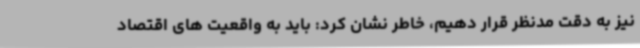
نیز به دقت مدنظر قرار دهیم، خاطر نشان کرد: باید به واقعیت های اقتصاد